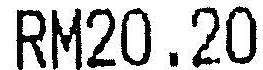
RM20.20